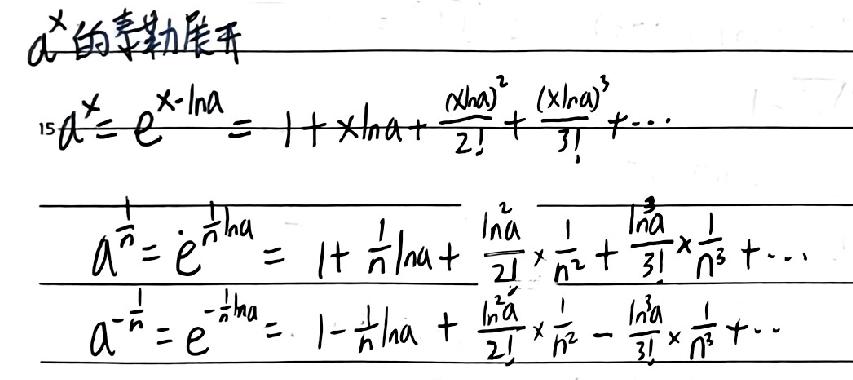
$a^x$的泰勒展开
$a^x = e^{x\cdot\ln a}=1 + x\ln a+\frac{(x\ln a)^2}{2!}+\frac{(x\ln a)^3}{3!}+\cdots$
$a^{\frac{1}{n}} = e^{\frac{1}{n}\ln a}=1+\frac{1}{n}\ln a+\frac{\ln^2 a}{2!}\times\frac{1}{n^2}+\frac{\ln^3 a}{3!}\times\frac{1}{n^3}+\cdots$
$a^{-\frac{1}{n}} = e^{-\frac{1}{n}\ln a}=1-\frac{1}{n}\ln a+\frac{\ln^2 a}{2!}\times\frac{1}{n^2}-\frac{\ln^3 a}{3!}\times\frac{1}{n^3}+\cdots$